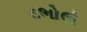
ડભોઉ